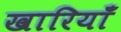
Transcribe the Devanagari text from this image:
खारियाँ